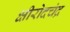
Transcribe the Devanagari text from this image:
क्षीरोदचंद्र